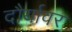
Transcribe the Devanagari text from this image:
दौर्यावर